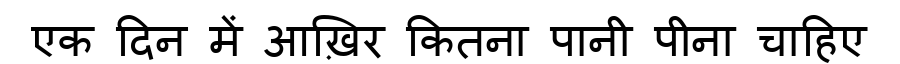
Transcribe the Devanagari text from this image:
एक दिन में आख़िर कितना पानी पीना चाहिए